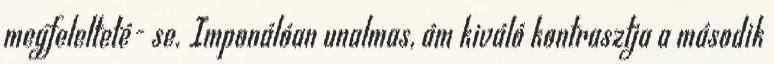
megfelelteté- se. Imponálóan unalmas, ám kiváló kontrasztja a második